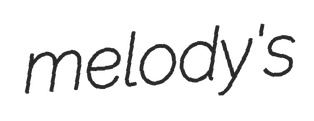
melody's